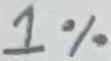
Text: 1%